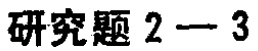
研究题 2—3